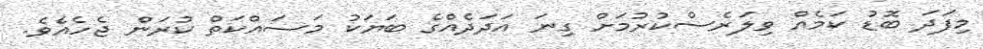
މިފަދަ ބޮޑު ކަމެއް ވިލަރެސްކުރުމަށް ގިނަ އަދަދެއްގެ ބަޔަކު މަސައްކަތް ކުރަން ޖެހެއެވެ.